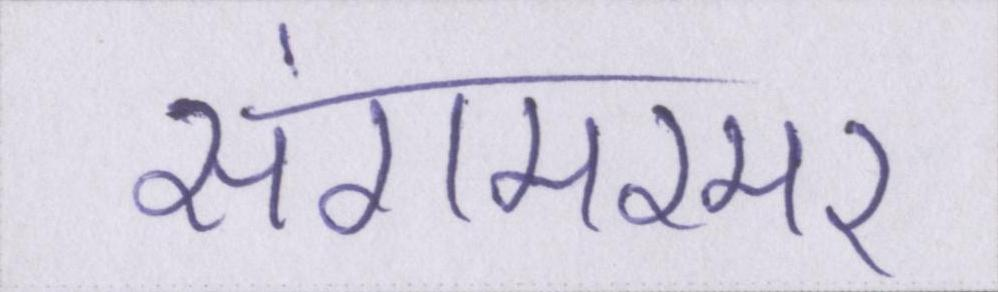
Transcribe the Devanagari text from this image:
संगमरमर